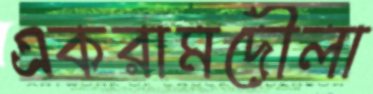
একরামদৌলা